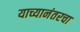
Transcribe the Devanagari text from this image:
याच्यानंतरचा